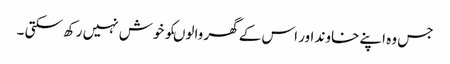
جس وہ اپنے خاوند اور اس کے گھر والوںکو خوش نہیں رکھ سکتی ۔